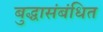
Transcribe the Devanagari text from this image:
बुद्धासंबंधित